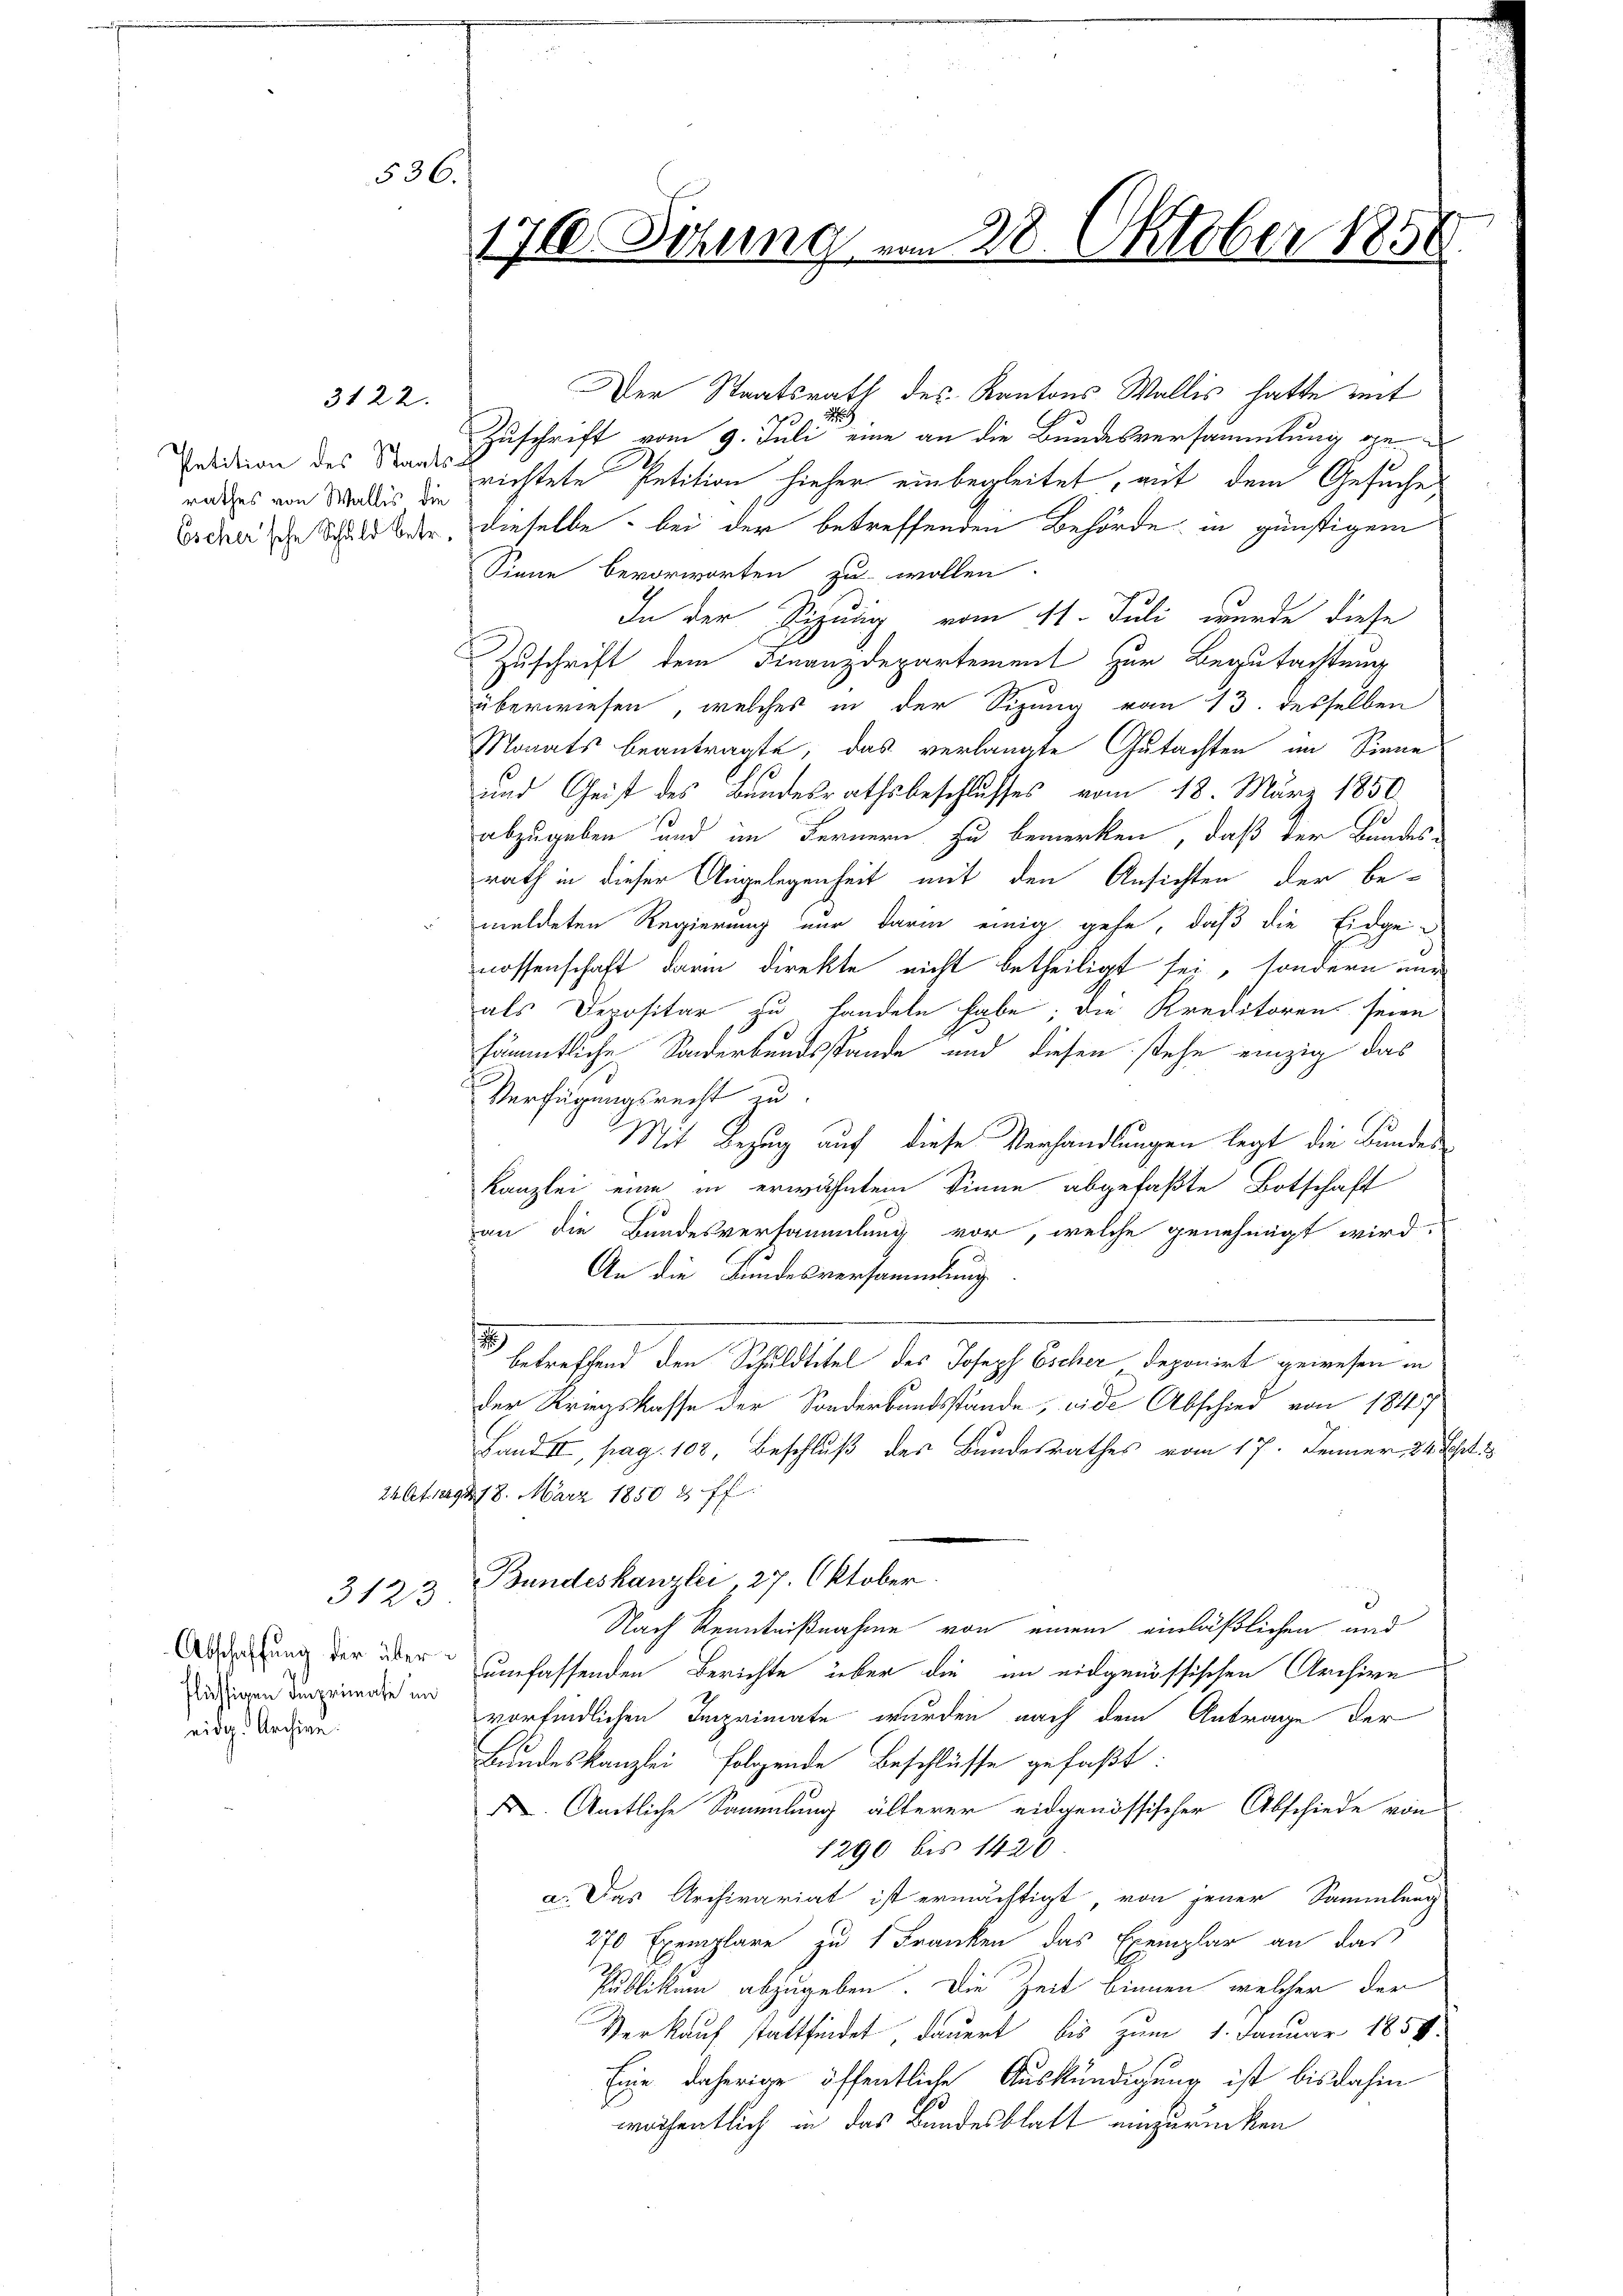
rathes von Wallis die

3122.

flächtigen Imprimate im
eidg. Archive:

536.

Der Staatsrath des Kantons Wallis hatte mit

Zuschrift vom 9. Juli eine an die Bundesversammlung ge¬
Puidion des Staats nichtete Petition hieher einbegleitet, mit dem Gesuche
Erde die Schuld oder, dieselbe bei der betreffenden Behörde in günstigem
Sinne bevorworten zu wollen.
In der Sitzung vom 11. Juli wurde diese
Zuschrift dem Finanzdepartement zur Begutachtung
überwiesen, welches in der Sizung von 13. desselben
Monats beantragte, das verlangte Gutachten im Sinne
s
und Geist des Bundesrathsbeschlusses vom 18. März 1850
abzugeben und im Fernern zu bemerken, daß der Bundes
rath in dieser Angelegenheit mit den Ansichten der be-
 meldeten Regierung nur darin einig gehe, daß die Eidge-
nossenschaft darin direkte nicht betheiligt sei, sondern nur
als Depositar zu handeln habe; die Kreditoren seien
sämmtliche Sonderbundsstande und diesen stehe einzig das
Verfügungsrecht zu
Mit Bezug auf diese Verhandlungen legt die Bundes¬
Kanzlei eine in erwähntem Sinne abgefaßte Botschaft
an die Bundesversammlung vor, welche genehmigt wird.
An die Bundesversammlung
betreffend den Schuldtitel des Joseph Escher deponirt gewesen in
der Kriegskasse der Sonderbandsstände, eide Abschied von 1847
Land II, pag. 108, Beschluß des Bundesrathes vom 17. Jenner 24. Fehrt. 3
24 Art. 1229478. März 1850 & ff.
Bundeskanzlei, 27. Oktober.
3123
a
Nach Kenntnißnahme von einem einläßlichen und
Abderung der über umfassenden Berichte über die im eidgenössischen Archive
vorfindlichen Imprimate wurden nach dem Antrage der
Bundeskanzlei folgende Beschlüsse gefaßt:
 Amtliche Sammlung älterer eidgenössischer Abschiede von
1290 bis 1420
a. Das Archivariat ist ermächtigt, von jener Sammlung
270 Exemplare zu 1 Franken das Exemplar an das
Publikum abzugeben. Die Zeit binnen, welcher der
Verkauf stattfindet, dauert bis zum 1. Januar 1858.
Eine daherige öffentliche Auskündigung ist bis dahin
wöchentlich in das Bundesblatt einzurücken

176. Sizung am 28. Oktober 1858